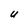
Character: U